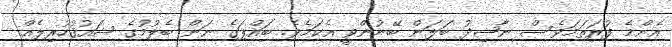
އެންމެ ފުރަތަމަވެސް ނާޝިދު ބަލަން ބޭނުންވީ އެކަމެވެ. ބައްޕަގެ ނަން ބެލުމުގެ ޝައުޤުހުރިލެއް